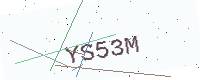
Text: YS53M